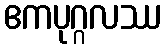
ဧကပုဂ္ဂလဿ